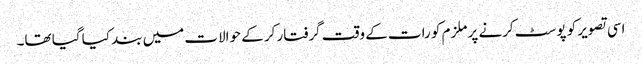
اسی تصویر کو پوسٹ کرنے پر ملزم کو رات کے وقت گرفتار کر کے حوالات میں بند کیا گیا تھا۔